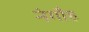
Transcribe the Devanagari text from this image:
नंगौह